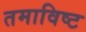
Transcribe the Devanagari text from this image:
तमाविष्ट